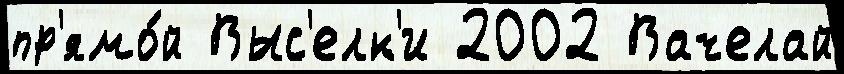
пр'ямо́й Выс'елк'и 2002 Вачелай